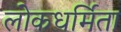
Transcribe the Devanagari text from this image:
लोकधर्मिता